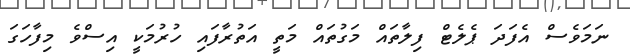
ނަމަވެސް އެފަދަ ޕެލެޓް ފިލާތައް މަގުތައް މަތީ އަތުރާފައި ހުރުމަކީ އިސްވެ މިފާހަގަ